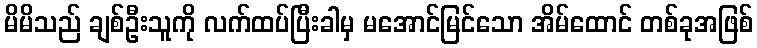
မိမိသည် ချစ်ဦးသူကို လက်ထပ်ပြီးခါမှ မအောင်မြင်သော အိမ်ထောင် တစ်ခုအဖြစ်